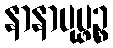
နာနာပုပ္ဖဉ္စ